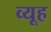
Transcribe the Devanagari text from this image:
व्‍यूह